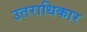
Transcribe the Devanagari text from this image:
उतराधिकार